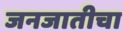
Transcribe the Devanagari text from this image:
जनजातीचा